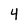
Character: 4